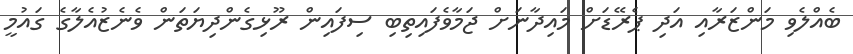
ބެއްލެވި މަންޒަރާއި އަދި ޕެރޭޑަށް މައިދާނަށް ޖަމާވެފައިތިބި ސިފައިން ރޫޅިގެންދިޔަތަން ވެނެޒުއެލާގެ ގައުމީ